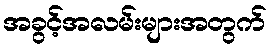
အခွင့်အလမ်းများအတွက်